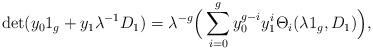
LaTeX: \begin{align*}\det(y_01_g+y_1\lambda^{-1}D_1)=\lambda^{-g}\Big(\sum_{i=0}^g y_0^{g-i}y_1^i\Theta_i(\lambda 1_g,D_1)\Big),\end{align*}